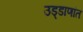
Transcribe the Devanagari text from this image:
उड्डाणांत